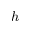
h